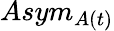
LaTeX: Asym_{A(t)}